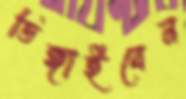
ডিঙ্গাইবেন